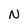
Character: N